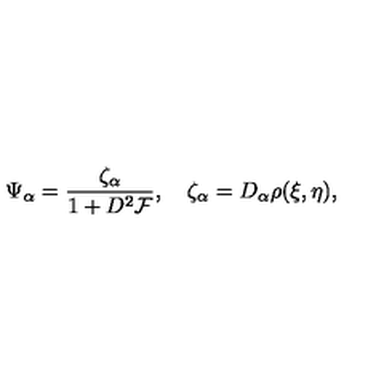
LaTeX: \Psi _ { \alpha } = { \frac { \zeta _ { \alpha } } { 1 + D ^ { 2 } { \cal F } } } , \quad \zeta _ { \alpha } = D _ { \alpha } \rho ( \xi , \eta ) ,